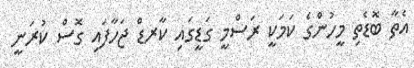
އެތާ ބޮޑެތި މީހުންގެ ކަމަކީ ރަސްމީ ގަޑީގައި ކާރޑް ޖަހާފައި ގޮސް ކުރަނީ